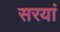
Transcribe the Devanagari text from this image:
सरयां